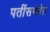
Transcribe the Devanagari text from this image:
पतींसमवेत